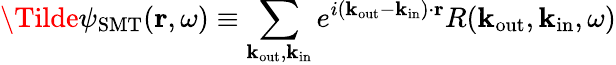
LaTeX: \Tilde{\psi}_{\mathrm{SMT}}(\textbf{r},\omega)\equiv\sum_{\mathrm{\textbf{k}_{out},\textbf{k}_{\mathrm{in}}}}e^{i(\textbf{k}_{\mathrm{out}}-\textbf{k}_{\mathrm{in}})\cdot\textbf{r}}R(\textbf{k}_{\mathrm{out}},\textbf{k}_{\mathrm{in}},\omega)